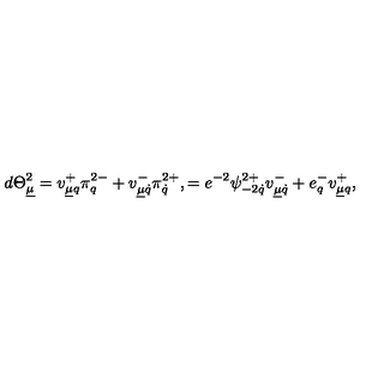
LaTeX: d \Theta _ { \underline { \mu } } ^ { 2 } = v _ { \underline { \mu } q } ^ { + } \pi _ { q } ^ { 2 - } + v _ { \underline { \mu } \dot { q } } ^ { - } \pi _ { \dot { q } } ^ { 2 + } , = e ^ { - 2 } \psi _ { - 2 \dot { q } } ^ { 2 + } v _ { \underline { \mu } \dot { q } } ^ { - } + e _ { q } ^ { - } v _ { \underline { \mu } q } ^ { + } ,